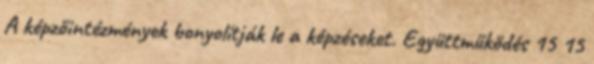
A képzőintézmények bonyolítják le a képzéseket. Együttműködés 15 15